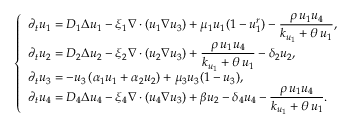
\left\{ \begin{array} { l l } { \displaystyle { \partial _ { t } u _ { 1 } = D _ { 1 } \Delta u _ { 1 } - \xi _ { 1 } \nabla \cdot \left( u _ { 1 } \nabla u _ { 3 } \right) + \mu _ { 1 } u _ { 1 } ( 1 - u _ { 1 } ^ { r } ) - \frac { \rho \, u _ { 1 } u _ { 4 } } { k _ { u _ { 1 } } + \theta \, u _ { 1 } } , } } \\ { \displaystyle { \partial _ { t } u _ { 2 } = D _ { 2 } \Delta u _ { 2 } - \xi _ { 2 } \nabla \cdot \left( u _ { 2 } \nabla u _ { 3 } \right) + \frac { \rho \, u _ { 1 } u _ { 4 } } { k _ { u _ { 1 } } + \theta \, u _ { 1 } } - \delta _ { 2 } u _ { 2 } } , } \\ { \displaystyle { \partial _ { t } u _ { 3 } = - u _ { 3 } \left( \alpha _ { 1 } u _ { 1 } + \alpha _ { 2 } u _ { 2 } \right) + \mu _ { 3 } u _ { 3 } ( 1 - u _ { 3 } ) } , } \\ { \displaystyle { \partial _ { t } u _ { 4 } = D _ { 4 } \Delta u _ { 4 } - \xi _ { 4 } \nabla \cdot \left( u _ { 4 } \nabla u _ { 3 } \right) + \beta u _ { 2 } - \delta _ { 4 } u _ { 4 } - \frac { \rho \, u _ { 1 } u _ { 4 } } { k _ { u _ { 1 } } + \theta \, u _ { 1 } } } . } \end{array} \right.